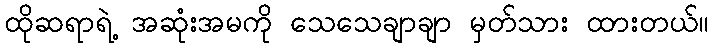
ထိုဆရာရဲ့ အဆုံးအမကို သေသေချာချာ မှတ်သား ထားတယ်။